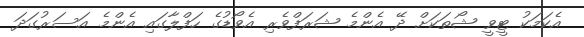
އެކަމަކު ޓީވީ ޝޯތަކަށް ދޭ އެންމެ ޝަރަފްވެރި އެވޯޑުގެ ހަފްލާގައި އެންމެ އަސަރުގަދަ